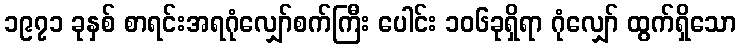
၁၉၇၁ ခုနှစ် စာရင်းအရဂုံလျှော်စက်ကြီး ပေါင်း ၁၀၆ခုရှိရာ ဂုံလျှော် ထွက်ရှိသော